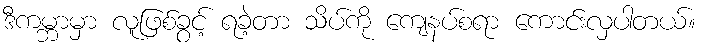
ဒီကမ္ဘာမှာ လူဖြစ်ခွင့် ရခဲ့တာ သိပ်ကို ကျေနပ်စရာ ကောင်းလှပါတယ်။